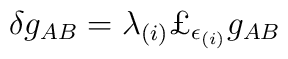
\delta g_{AB} = \lambda_{(i)} \mbox{\pounds} _{\epsilon_{(i)}} g_{AB}